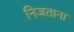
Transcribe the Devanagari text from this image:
निजताना